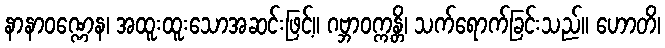
နာနာဝဏ္ဏေန၊ အထူးထူးသောအဆင်းဖြင့်။ ဂဗ္ဘာဝက္ကန္တိ၊ သက်ရောက်ခြင်းသည်။ ဟောတိ၊